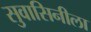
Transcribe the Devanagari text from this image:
सुवासिनीला